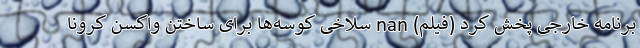
برنامه خارجی پخش کرد (فیلم) nan سلاخی کوسه‌ها برای ساختن واکسن کرونا